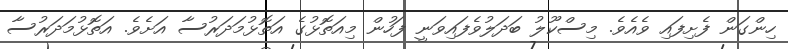
ހިންގަން ފެށިފައި ވެއެވެ. މިސްކޫލު ބަދަލުވެފައިވަނީ ފަހުން މިއަތޮޅުގެ އަތޮޅުމަދަރުސާ އަށެވެ. އަތޮޅުމަދަރުސާ